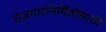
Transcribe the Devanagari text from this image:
रोजगारनिर्मितीसाठी